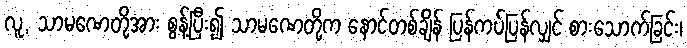
လူ, သာမဏေတို့အား စွန့်ပြီး၍ သာမဏေတို့က နောင်တစ်ချိန် ပြန်ကပ်ပြန်လျှင် စားသောက်ခြင်း၊